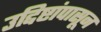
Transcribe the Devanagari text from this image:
उद्दिष्टांपासून